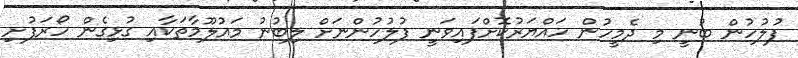
ފުލުހުން ބުނީ މި ދެމީހުން ހައްޔަރުކޮށްފައިވަނީ ފުލުހުންނަށް ލިބުނު މައުލޫމާތަކާއި ގުޅިގެން ހޯރަފުށި